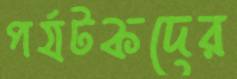
পর্যটকদের